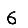
Digit: 6